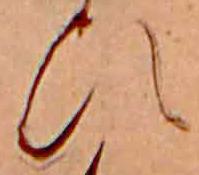
ひ